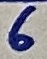
Text: 6